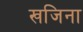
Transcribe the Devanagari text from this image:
खजिना